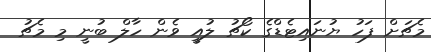
މެޗަށް ފަހު ޔުނައިޓެޑްގެ ކޯޗު ލުއީ ވެން ހާލް ބުނީ މި މެޗު